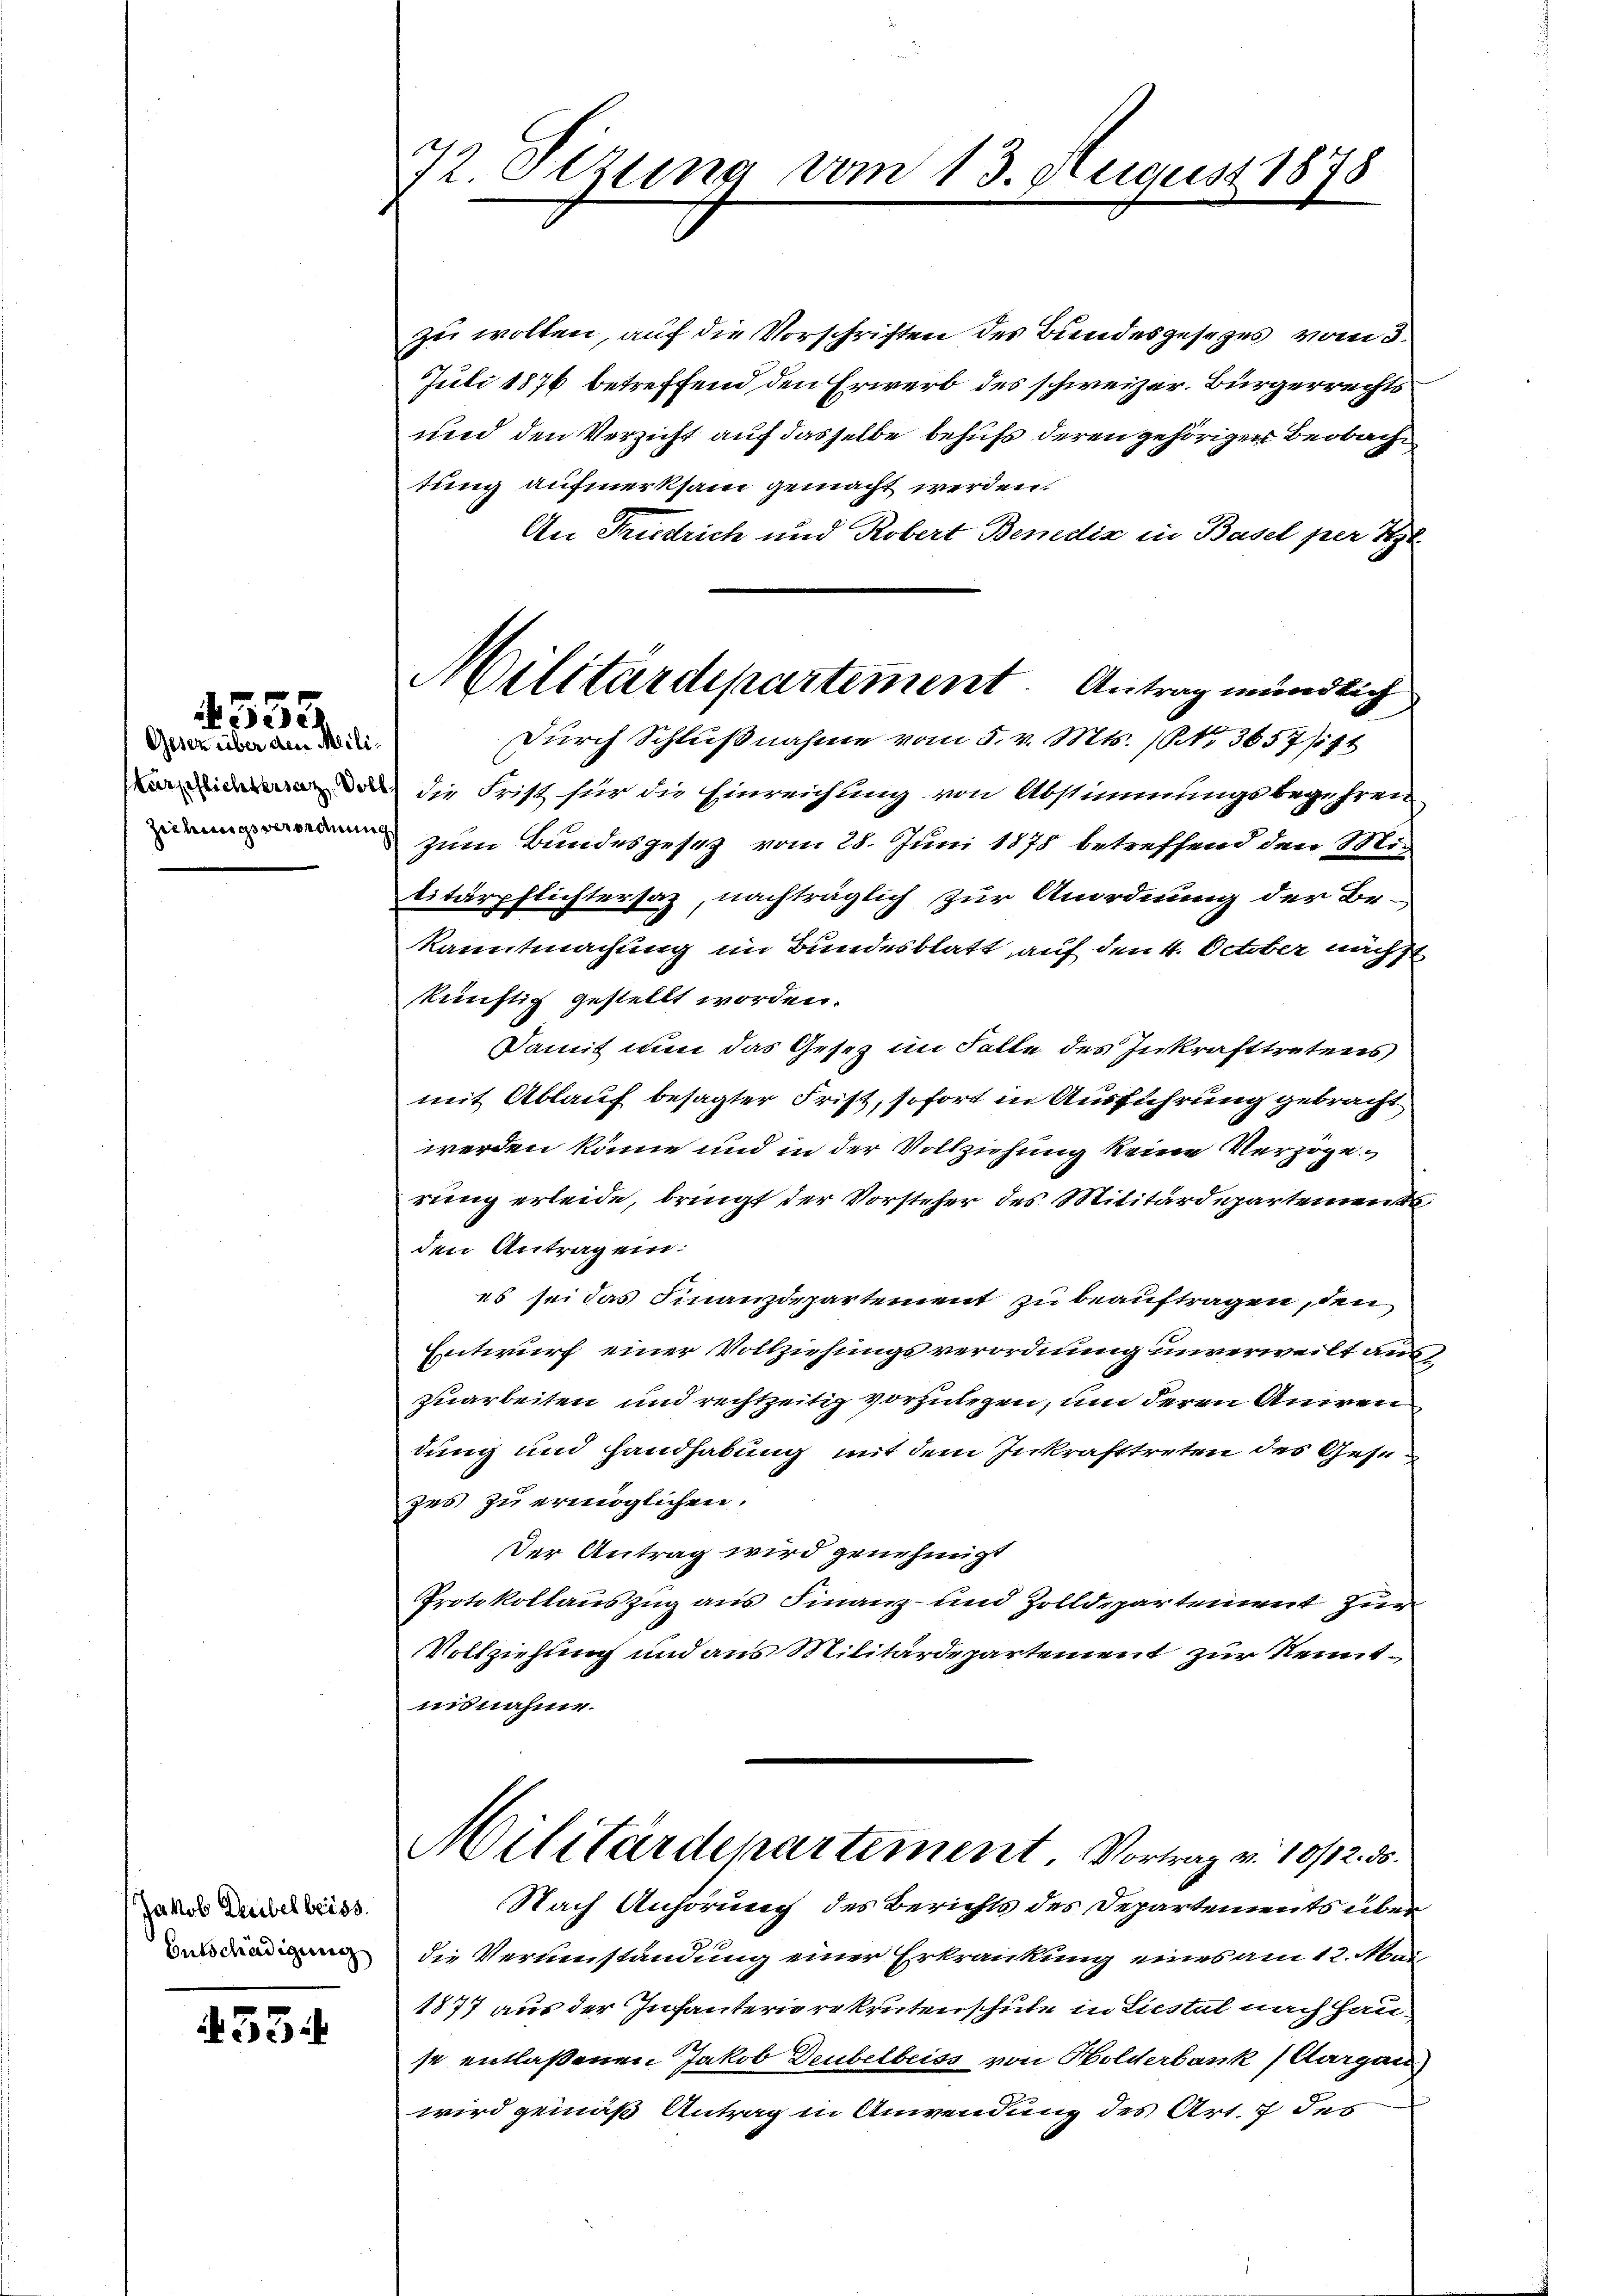
4555

Gesez über den Meili¬
Zicemissverordnung

Jakob Leubel beiss.
Entschädigung

455

72. Sizung vom 13. August 1878

zu wollen, auf die Vorschriften des Bundesgesezes vom 3
Juli 1876 betreffend den Erwerb des schweizer. Bürgerrechts
und den Verzicht auf dasselbe behufs deren gehöriger Beobachtung aufmerksam gemacht werden.
An Friedrich und Robert Bemdiz in Basel per Til
d die Frist für die Einreichung von Abstimmungsbegehren
zum Bundesgesetz vom 28. Juni 1878 betreffend den Mig
litärpflichtersaz, nachträglich zur Anordnung der Bekanntmachung im Bundesblatt auf den 4. October nächst
künftig gestellt worden.
Damit nun das Gesez im Falle des Inkrafttretens
mit Ablauf besagter Frist, sofort in Ausführung gebracht
werden könne und in der Vollziehung keine Verzögerung erleide, bringt der Vorsteher des Militärdepartement
den Antrag ein:
es sei das Finanzdepartement zu beauftragen, den
Entwurf einer Vollziehungsverordnung unverweilt auszuarbeiten und rechtzeitig vorzulegen, um deren Aniren
dung und Handhabung mit dem Inkrafttreten des Gesezes zu ermöglichen.
Der Antrag wird genehmigt
Protokollauszug aus Finanz- und Zolldepartement zum
Vollziehung und aus Militärdepartement zur Kenntinsnahme.
.
Militärdepartement. Vortrag v. 10/12. ds.
Nach Anhörung des Berichts des Departements über
die Vereinstandung einer Erkrankung eines am 12. Abei
1877 aus der Infanterierekrutenschule in Liestal nach Hause entlaßenen Jakob Deubelbeiss von Holderbank (Aargau
wird gemäß Antrag in Anwendung des Art. 7 des

Militärdepartement. Antrag mündlich
Durch Schlußnahme vom 5. v. Mts. (N. 3657/4 1